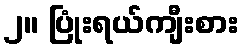
၂။ ပြုံးရယ်ကျီးစား